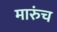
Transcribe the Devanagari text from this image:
मारुंच